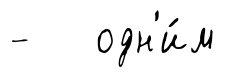
- одн'и́м